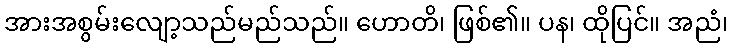
အားအစွမ်းလျော့သည်မည်သည်။ ဟောတိ၊ ဖြစ်၏။ ပန၊ ထိုပြင်။ အညံ၊